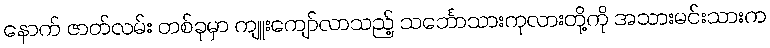
နောက် ဇာတ်လမ်း တစ်ခုမှာ ကျူးကျော်လာသည့် သင်္ဘောသားကုလားတို့ကို အသားမင်းသားက